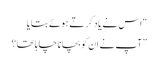
“اس نے یاد کرتے ہوئے بتایا
” آپ نے ان کو بچانا چاہا تھا؟